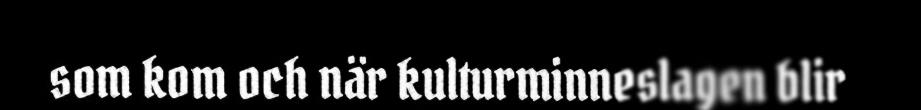
som kom och när kulturminneslagen blir